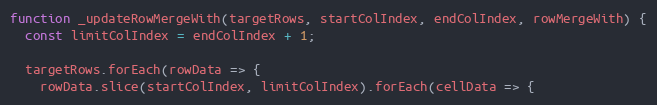
Language: JavaScript
function _updateRowMergeWith(targetRows, startColIndex, endColIndex, rowMergeWith) {
  const limitColIndex = endColIndex + 1;

  targetRows.forEach(rowData => {
    rowData.slice(startColIndex, limitColIndex).forEach(cellData => {